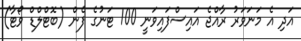
އަދި އެ މަނަވަރު ރާއްޖެ އައިސްފައިވަނީ 100 ޓަނުގެ ފެން (ބޮޓްލްޑް ވޯޓާ)